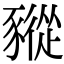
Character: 豵